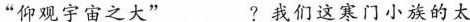
”仰观宇宙之大”___?我们这寒门小族的太